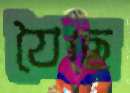
যৈছে